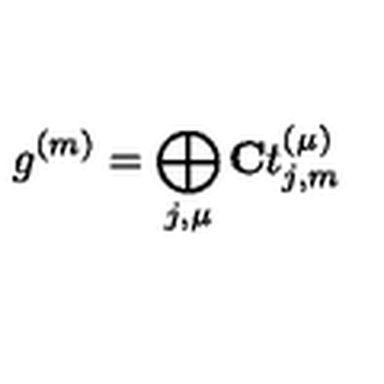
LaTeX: g ^ { ( m ) } = \bigoplus _ { j , \mu } { \bf C } t _ { j , m } ^ { ( \mu ) }